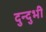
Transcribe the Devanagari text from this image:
दुन्दुभी